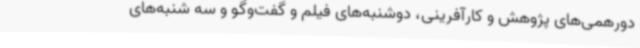
دورهمی‌های پژوهش و کارآفرینی، دوشنبه‌های فیلم و گفت‌وگو و سه شنبه‌های